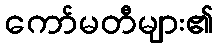
ကော်မတီများ၏